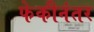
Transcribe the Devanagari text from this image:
फेकीनंतर